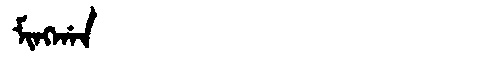
Manchu: ᠮᡳᠩᡤᠠᠨ
Romanization: MINGGAN